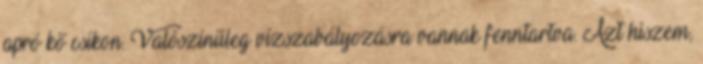
apró kő csíkon. Valószínűleg vízszabályozásra vannak fenntartva. Azt hiszem,